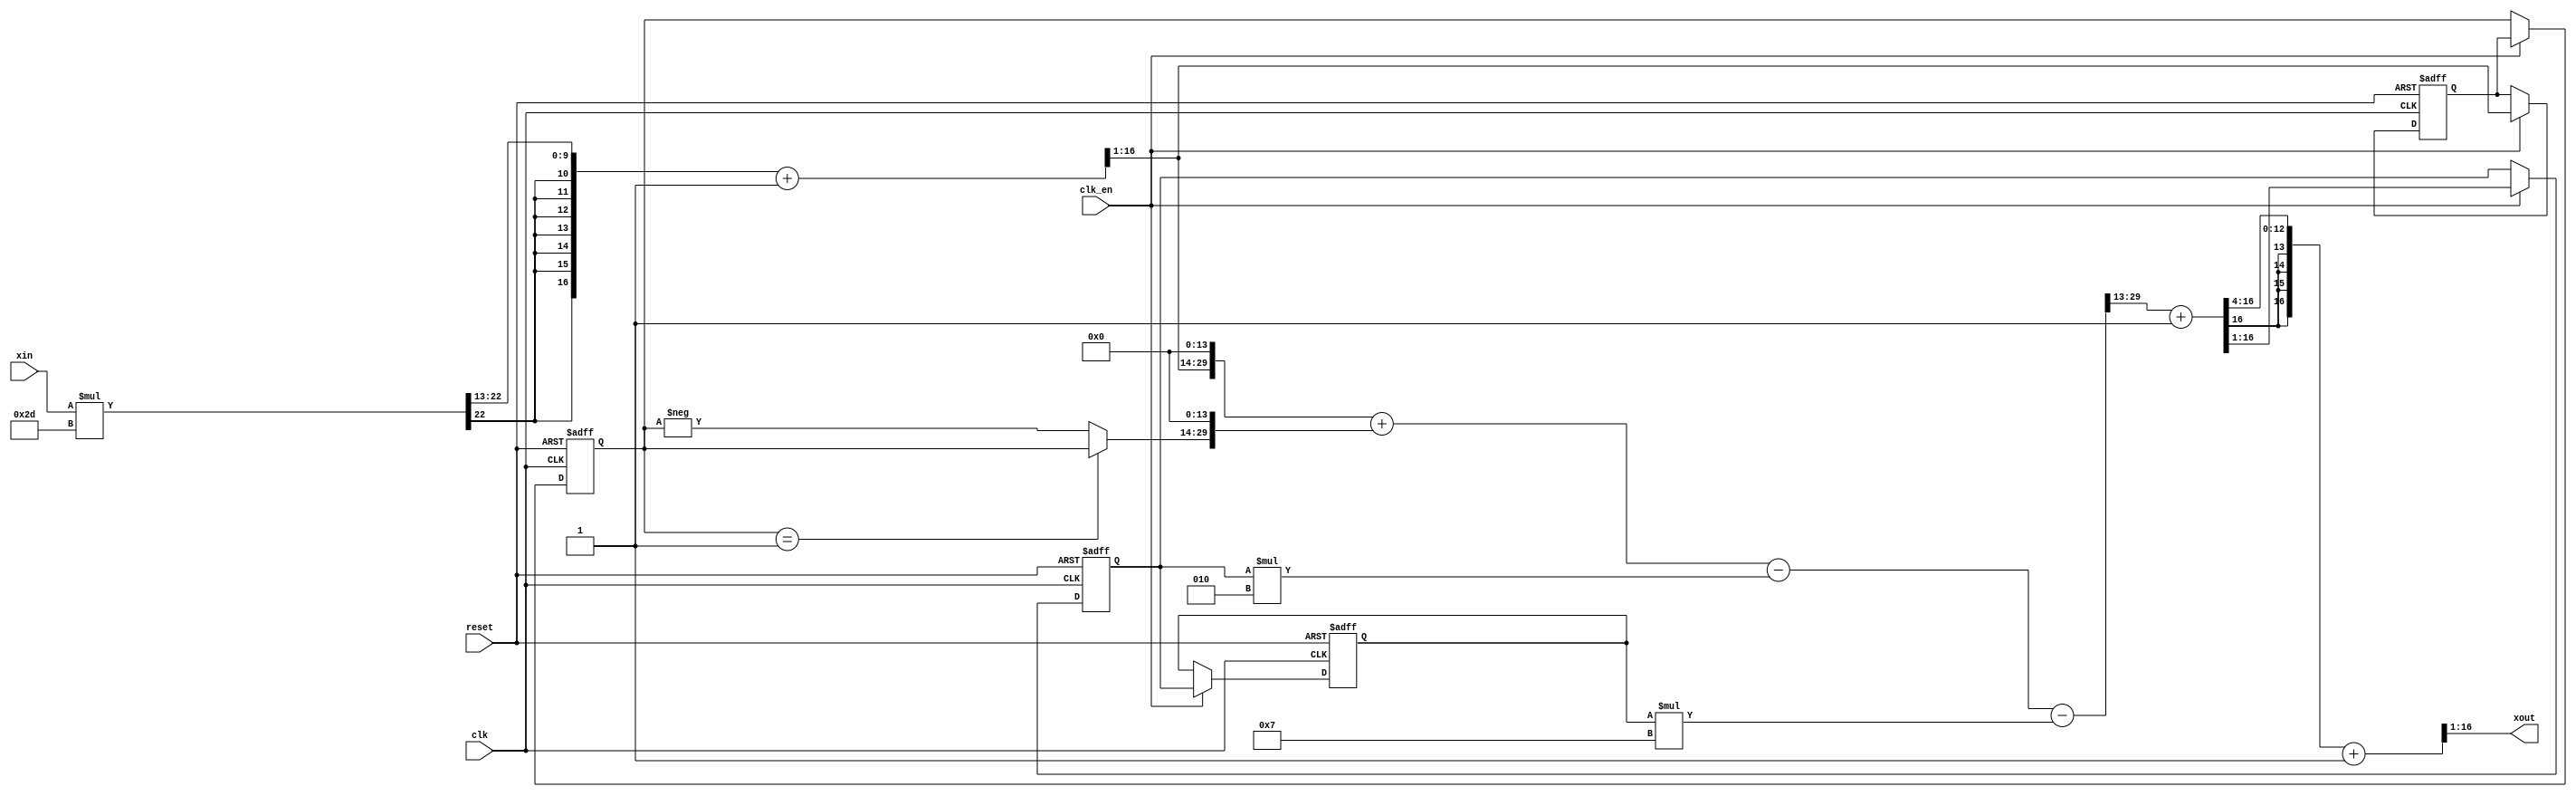
`timescale 1 ns / 1 ns

module filter (clk, clk_en, reset, xin, xout );

input clk;
input clk_en;
input reset;
input signed [15:0] xin; 
output signed [15:0] xout; 

parameter signed [15:0] constant_scale = 45;
parameter signed [15:0] co_b1sec = 16'b0000000000000011; 
parameter signed [15:0] co_b2sec = 16'b0000000000000000; 
parameter signed [15:0] co_b3sec = 16'b0000000000000001; 
parameter signed [15:0] co_a2sec = 16'b0000000000000010; 
parameter signed [15:0] co_a3sec = 16'b0000000000000111; 

wire signed [15:0] in_data_convert; 
wire signed [15:0] scale1;
wire signed [31:0] multemp;

wire signed [33:0] a1sum1; 
wire signed [33:0] a2sum1; 
wire signed [33:0] b1sum1; 
wire signed [33:0] b2sum1; 
wire signed [15:0] num_data_conv; 
wire signed [15:0] den_data_conv; 
reg signed [15:0] num_delay_sec [0:1] ;
reg signed [15:0] den_delay_sec [0:1] ;
wire signed [31:0] a2mul1; 
wire signed [31:0] a3mul1; 
wire signed [31:0] b1mul1; 
wire signed [31:0] b3mul1; 
wire signed [16:0] single_neg_temp; 
wire signed [33:0] b1_mul_conv1;
wire signed [33:0] addcast; 
wire signed [33:0] addcast1;
wire signed [34:0] addtemp; 
wire signed [33:0] subcast; 
wire signed [33:0] subcast1;
wire signed [34:0] subtemp; 
wire signed [33:0] subcast2;
wire signed [33:0] subcast3;
wire signed [34:0] subtemp1;
wire signed [15:0] out_data_conv;


assign in_data_convert = xin;
assign multemp = in_data_convert * constant_scale;
assign scale1 = (multemp[29:13] + 1)>>>1;
assign num_data_conv = scale1;
assign den_data_conv = (a1sum1[29:13] + 1)>>>1;
always @( posedge clk or posedge reset)
begin: num_delay_process_sec
if (reset == 1'b1) begin
num_delay_sec[0] <= 0;
num_delay_sec[1] <= 0;
end
else begin
if (clk_en == 1'b1) begin
num_delay_sec[0] <= num_data_conv;
num_delay_sec[1] <= num_delay_sec[0];
end
end
end 

always @( posedge clk or posedge reset)
begin: den_delay_process_sec
if (reset == 1'b1) begin
den_delay_sec[0] <= 0;
den_delay_sec[1] <= 0;
end
else begin
if (clk_en == 1'b1) begin
den_delay_sec[0] <= den_data_conv;
den_delay_sec[1] <= den_delay_sec[0];
end
end
end 

assign a2mul1 = den_delay_sec[0] * co_a2sec;
assign a3mul1 = den_delay_sec[1] * co_a3sec;
assign b1mul1 = $signed({num_data_conv[15:0], 14'b00000000000000});
assign single_neg_temp = (num_delay_sec[1]==16'b0000000000000001) ? $signed({1'b0, num_delay_sec[1]}) : -num_delay_sec[1];
assign b3mul1 = $signed({single_neg_temp[16:0], 14'b0});
assign b1_mul_conv1 = $signed({{2{b1mul1[31]}}, b1mul1});
assign b1sum1 = b1_mul_conv1;
assign addcast = b1sum1;
assign addcast1 = $signed({{2{b3mul1[31]}}, b3mul1});
assign addtemp = addcast + addcast1;
assign b2sum1 = addtemp[33:0];
assign subcast = b2sum1;
assign subcast1 = $signed({{2{a2mul1[31]}}, a2mul1});
assign subtemp = subcast - subcast1;
assign a2sum1 = subtemp[33:0];
assign subcast2 = a2sum1;
assign subcast3 = $signed({{2{a3mul1[31]}}, a3mul1});
assign subtemp1 = subcast2 - subcast3;
assign a1sum1 = subtemp1[33:0];
assign out_data_conv = ({{4{den_data_conv[15]}}, den_data_conv[15:3]} + 1)>>>1;

assign xout = out_data_conv;

endmodule